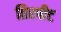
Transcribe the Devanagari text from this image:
तिरपीट